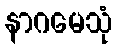
နာဂမေသုံ